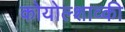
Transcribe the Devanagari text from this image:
कोयोल्शाव्की